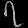
Digit: ၇